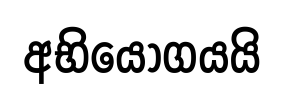
අභියෝගයයි